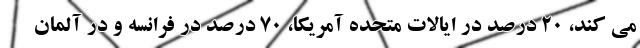
می کند، 20 درصد در ایالات متحده آمریکا، 70 درصد در فرانسه و در آلمان